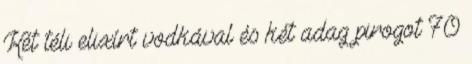
Két téli elixírt vodkával és két adag pirogot 70